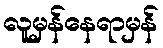
လူမှန်နေရာမှန်